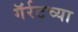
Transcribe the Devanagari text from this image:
गॅर्रटच्या